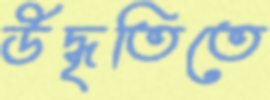
উদ্ধৃতিতে